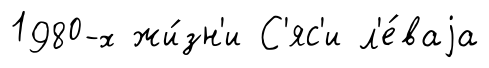
1980-х жи́зн'и С'яс'и л'е́ваjа